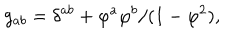
LaTeX: g _ { a b } = \delta ^ { a b } + \varphi ^ { a } \varphi ^ { b } / ( 1 - \varphi ^ { 2 } ) ,